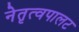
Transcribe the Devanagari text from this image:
नेतृत्वपालट